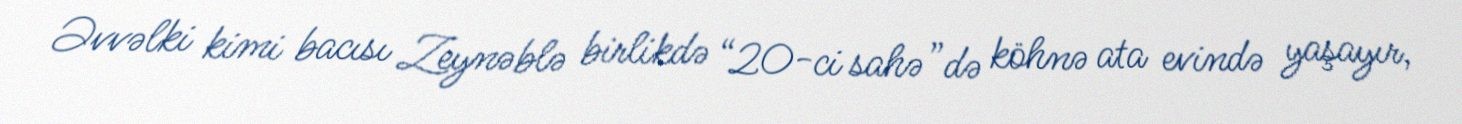
Əvvəlki kimi bacısı Zeynəblə birlikdə “20-ci sahə”də köhnə ata evində yaşayır,